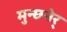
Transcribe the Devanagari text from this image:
मुन्छ्नेर्